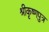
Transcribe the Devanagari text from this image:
श्रीकृष्णपुत्र